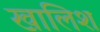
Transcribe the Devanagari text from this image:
खालिश